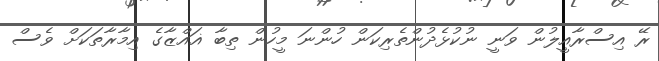
ރޭ އިސްރާއީލުން ވަނީ ނުކުޅެދުންތެރިކަން ހުންނަ މީހުން ތިބާ ޣައްޒާގެ އިމާރާތަކަށް ވެސް